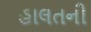
હાલતની